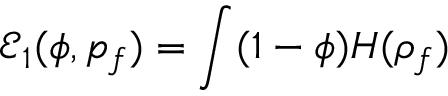
\displaystyle \mathcal E _ { 1 } ( \phi , p _ { f } ) = \int ( 1 - \phi ) H ( \rho _ { f } )